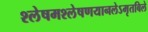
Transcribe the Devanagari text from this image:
श्लेषमश्लेषणयानलेऽमृतबिले